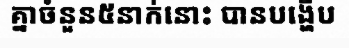
គ្នាចំនួន៥នាក់នោះ បានបង្ហើប